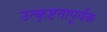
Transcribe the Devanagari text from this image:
उत्कृष्टतापूर्वक